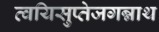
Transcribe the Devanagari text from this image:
त्वयिसुप्तेजगन्नाथ